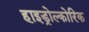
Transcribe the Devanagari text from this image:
हाइड्रोल्कोरिक